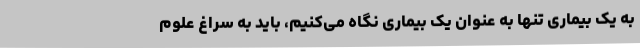
به یک بیماری تنها به عنوان یک بیماری نگاه می‌کنیم، باید به سراغ علوم